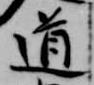
道